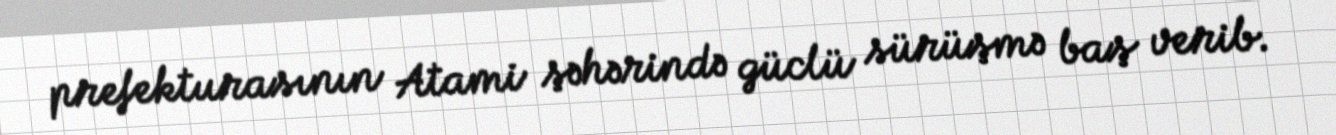
prefekturasının Atami şəhərində güclü sürüşmə baş verib.